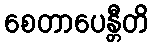
စေတာပေန္တီတိ